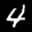
Digit: 4